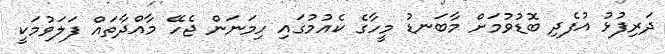
ދަރިފުޅު އުފެދި ބޮޑުވުމަށް މާބަނޑު މީހާގެ ކެއުމުގައި ހިމަނަން ޖެހޭ މާއްދާތައް ފަލަވުމަކީ